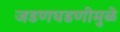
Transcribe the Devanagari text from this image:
जडणघडणीमुळे